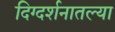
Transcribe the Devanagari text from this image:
दिग्दर्शनातल्या